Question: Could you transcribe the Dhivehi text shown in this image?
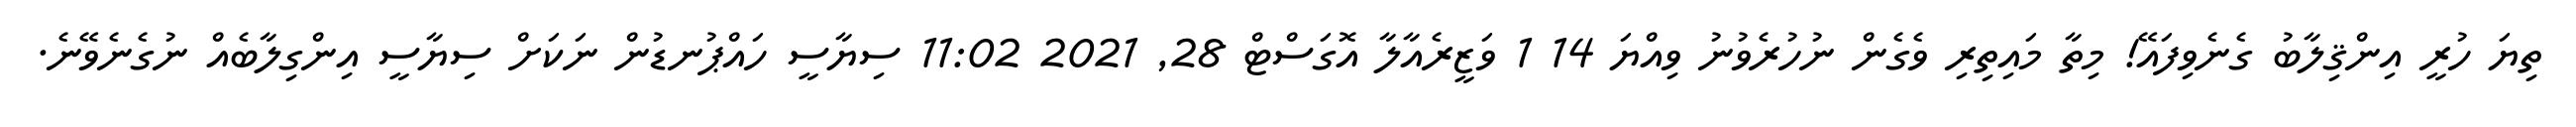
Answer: ތިޔަ ހުރީ އިންޤިލާބު ގެނެވިފައޭ! މިތާ މައިތިރި ވެގެން ނުހުރެވުނު ވިއްޔަ 14 1 ވަޒީރެއާލާ އޮގަސްޓް 28, 2021 11:02 ސިޔާސީ ހައްޕުނޑުން ނަކަށް ސިޔާސީ އިންގިލާބެއް ނުގެނެވޭނެ.